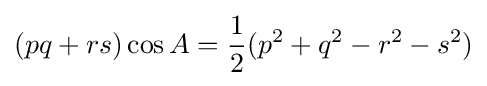
(pq+rs)\cos A={\frac {1}{2}}(p^{2}+q^{2}-r^{2}-s^{2})